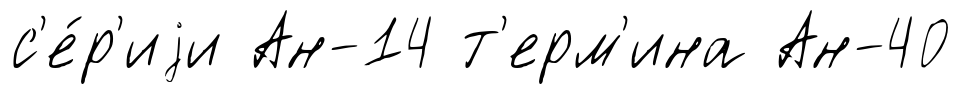
с'е́р'иjи Ан-14 т'ерм'ина Ан-40